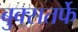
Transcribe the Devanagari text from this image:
बुक्सतर्फे